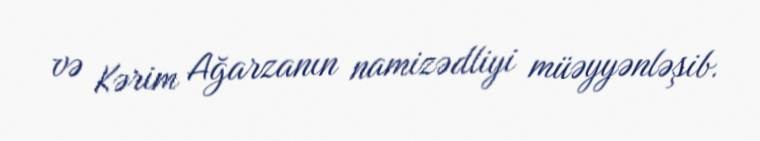
və Kərim Ağarzanın namizədliyi müəyyənləşib.